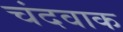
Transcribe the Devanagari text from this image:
चंदवाक